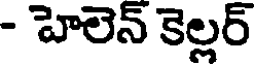
- హెలెన్ కెల్లర్